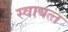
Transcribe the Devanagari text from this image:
स्‍वायत्‍त